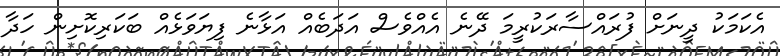
އެކަމަކު ދީނަށް ފުރައްސާރަކުރީމަ ދޭނެ އެއްވެސް އަދަބެއް އަޅާނެ ފިޔަވަޅެއް ބަކަރިކޮށިން ހަދާ